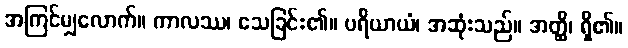
အကြင်မျှလောက်။ ကာလဿ၊ သေခြင်း၏။ ပရိယာယံ၊ အဆုံးသည်။ အတ္ထိ၊ ရှိ၏။